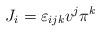
LaTeX: \begin{align*}J_i = \varepsilon_{ijk}v^j \pi^k\end{align*}